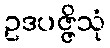
ဥဒပဇ္ဇိသုံ